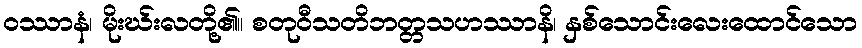
ဝဿာနံ၊ မိုးဃ်းလတို့၏။ စတုဝီသတိဘတ္တသဟဿာနိ၊ နှစ်သောင်းလေးထောင်သော